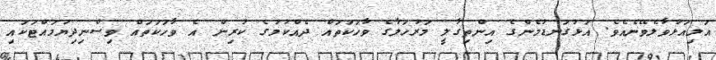
އަލިއަޅުވާލެވޭނެއެވެ. އަޅުގަނޑުމެންގެ އިންތިގާލީ މަރުހަލާގެ ވާހަކަތައް ދެއްކުމުގެ ކުރިން އެ ވާހަކަތައް ވިސްނިދިޔުމައްޓަކައި